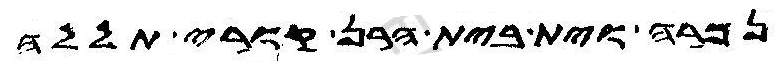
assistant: נמרה וית בית הרן קורי תללה